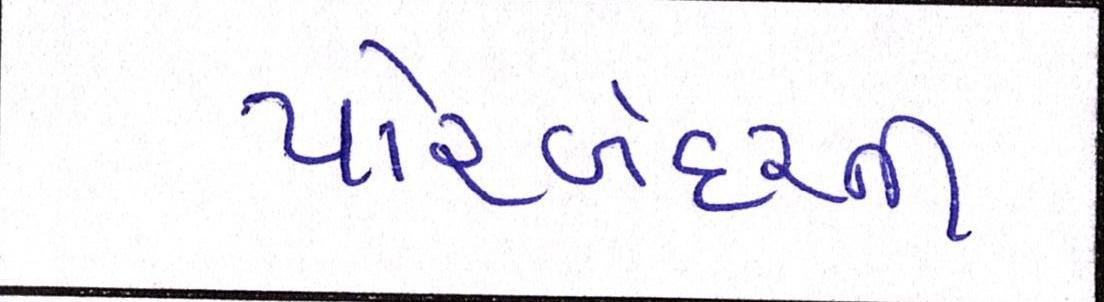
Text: પોરબંદરની